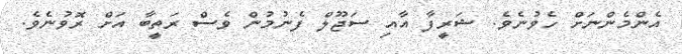
އެންމެންނަށް ހެވުނެވެ. ޝަރީފާ އާއި ސަޖޫލް ފެނުމުން ވެސް ރަތީބާ އަށް ރޮވުނެވެ.